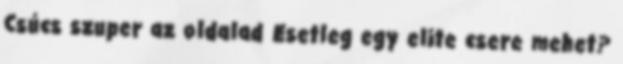
Csúcs szuper az oldalad Esetleg egy elite csere mehet?